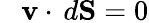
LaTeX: \ \ \ \mathbf{v}\cdot\, d\mathbf{S}=0